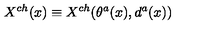
X ^ { c h } ( x ) \equiv X ^ { c h } ( \theta ^ { a } ( x ) , d ^ { a } ( x ) )